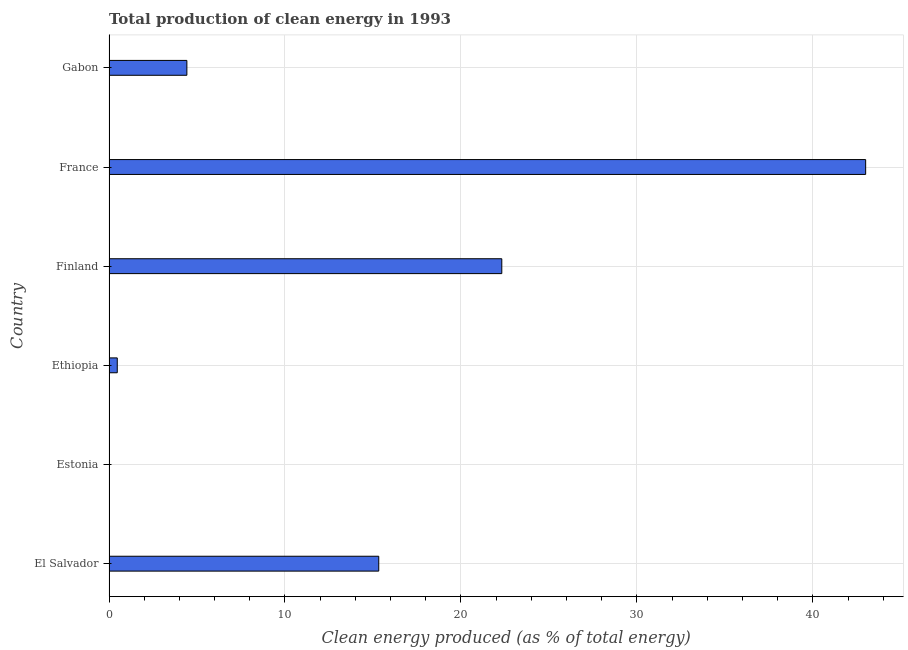
| Country | Alternative and nuclear energy |
 | --- | --- |
 | El Salvador | 15.3 |
 | Estonia | 0.00158 |
 | Ethiopia | 0.469 |
 | Finland | 22.3 |
 | France | 43 |
 | Gabon | 4.43 |